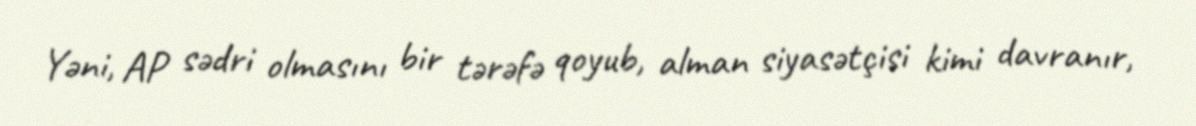
Yəni, AP sədri olmasını bir tərəfə qoyub, alman siyasətçisi kimi davranır,